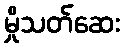
မှိုသတ်ဆေး